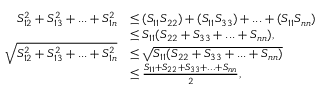
\begin{array} { r l } { S _ { 1 2 } ^ { 2 } + S _ { 1 3 } ^ { 2 } + . . . + S _ { 1 n } ^ { 2 } } & { \leq ( S _ { 1 1 } S _ { 2 2 } ) + ( S _ { 1 1 } S _ { 3 3 } ) + . . . + ( S _ { 1 1 } S _ { n n } ) } \\ & { \leq S _ { 1 1 } ( S _ { 2 2 } + S _ { 3 3 } + . . . + S _ { n n } ) , } \\ { \sqrt { S _ { 1 2 } ^ { 2 } + S _ { 1 3 } ^ { 2 } + . . . + S _ { 1 n } ^ { 2 } } } & { \leq \sqrt { S _ { 1 1 } ( S _ { 2 2 } + S _ { 3 3 } + . . . + S _ { n n } ) } } \\ & { \leq \frac { S _ { 1 1 } + S _ { 2 2 } + S _ { 3 3 } + . . . + S _ { n n } } { 2 } , } \end{array}